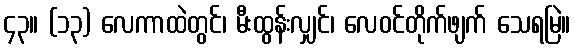
၄၃။ (၁၃) လေကာထဲတွင်၊ မီးထွန်းလျှင်၊ လေဝင်တိုက်ဖျက် သေရမြဲ။